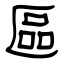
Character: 區